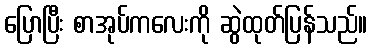
ပြောပြီး စာအုပ်ကလေးကို ဆွဲထုတ်ပြန်သည်။